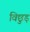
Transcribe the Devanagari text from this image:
विछुड़